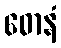
ဓောနံ